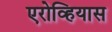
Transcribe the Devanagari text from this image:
एरोव्हियास